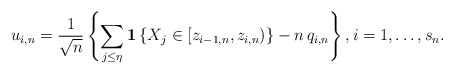
\begin{align*}u_{i,n}=\frac{1}{\sqrt{n}}\left\{ \sum_{j\leq \eta }{\bf 1}\left\{ X_{j}\in[z_{i-1,n},z_{i,n})\right\} -n\,q_{i,n}\right\} ,i=1,\ldots,s_{n}. \end{align*}